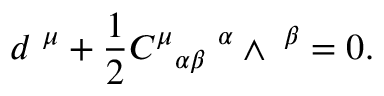
d { \bf \tau } ^ { \mu } + \frac { 1 } { 2 } { C ^ { \mu } } _ { \alpha \beta } { \bf \tau } ^ { \alpha } \wedge { \bf \tau } ^ { \beta } = 0 .